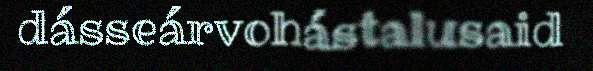
dásseárvohástalusaid